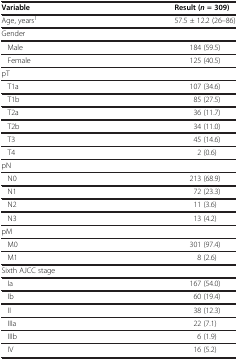
<table><thead><tr><td><b>Variable</b></td><td><b>Result (<i>n</i> = 309)</b></td></tr></thead><tbody><tr><td>Age, years<sup>1</sup></td><td>57.5 ± 12.2 (26–86)</td></tr><tr><td>Gender</td><td>[EMPTY_CELL]</td></tr><tr><td> Male</td><td>184 (59.5)</td></tr><tr><td> Female</td><td>125 (40.5)</td></tr><tr><td>pT</td><td>[EMPTY_CELL]</td></tr><tr><td> T1a</td><td>107 (34.6)</td></tr><tr><td> T1b</td><td>85 (27.5)</td></tr><tr><td> T2a</td><td>36 (11.7)</td></tr><tr><td> T2b</td><td>34 (11.0)</td></tr><tr><td> T3</td><td>45 (14.6)</td></tr><tr><td> T4</td><td>2 (0.6)</td></tr><tr><td>pN</td><td>[EMPTY_CELL]</td></tr><tr><td> N0</td><td>213 (68.9)</td></tr><tr><td> N1</td><td>72 (23.3)</td></tr><tr><td> N2</td><td>11 (3.6)</td></tr><tr><td> N3</td><td>13 (4.2)</td></tr><tr><td>pM</td><td>[EMPTY_CELL]</td></tr><tr><td> M0</td><td>301 (97.4)</td></tr><tr><td> M1</td><td>8 (2.6)</td></tr><tr><td>Sixth AJCC stage</td><td>[EMPTY_CELL]</td></tr><tr><td> Ia</td><td>167 (54.0)</td></tr><tr><td> Ib</td><td>60 (19.4)</td></tr><tr><td> II</td><td>38 (12.3)</td></tr><tr><td> IIIa</td><td>22 (7.1)</td></tr><tr><td> IIIb</td><td>6 (1.9)</td></tr><tr><td> IV</td><td>16 (5.2)</td></tr></tbody></table>